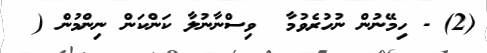
(2) - ހިމޭނުން ނުހުރެވުމާ  ވިސްނާނުލާ ކަންކަން ނިންމުން (